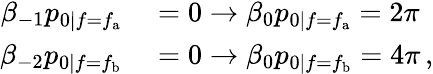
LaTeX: \begin{array}{rl}{\beta_{-1}p_{0|f=f_{\mathrm{a}}}}&{{}=0\rightarrow\beta_{0}p_{0|f=f_{\mathrm{a}}}=2\pi}\\ {\beta_{-2}p_{0|f=f_{\mathrm{b}}}}&{{}=0\rightarrow\beta_{0}p_{0|f=f_{\mathrm{b}}}=4\pi\, ,}\end{array}